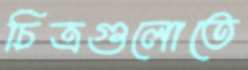
চিত্রগুলোতে